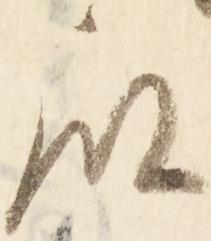
殿